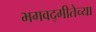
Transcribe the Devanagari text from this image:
भगवद्‌गीतेच्या